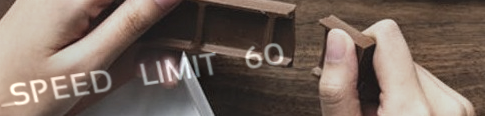
SPEED LIMIT 60